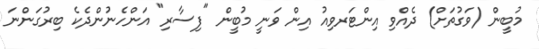
މުބީން (ވަގުތަށް) ދެއްވި އިންޓަރވިއު އިން ވަނީ މުބީން "ފިސާރި" އަންހެނުންދެކެ ބިރުގަންނަ